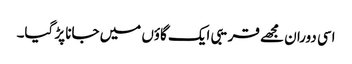
اسی دوران مجھے قریبی ایک گاؤں میں جانا پڑ گیا۔